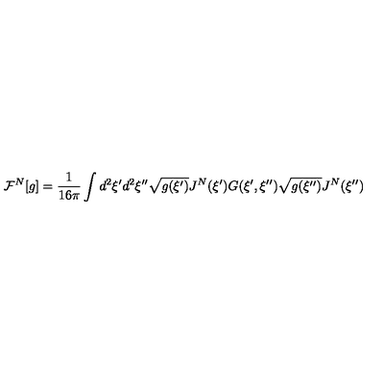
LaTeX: { \mathcal { F } ^ { N } } [ g ] = { \frac { 1 } { 1 6 \pi } } \int { d ^ { 2 } } \xi ^ { \prime } { d ^ { 2 } } \xi ^ { \prime \prime } \sqrt { g ( \xi ^ { \prime } ) } { J ^ { N } } ( \xi ^ { \prime } ) G ( \xi ^ { \prime } , \xi ^ { \prime \prime } ) \sqrt { g ( \xi ^ { \prime \prime } ) } { J ^ { N } } ( \xi ^ { \prime \prime } )